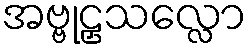
အဗ္ဗုဠှသလ္လော